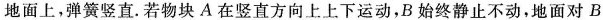
地面上，弹簧竖直。若物块A在竖直方向上上下运动，B始终静止不动，地面对B